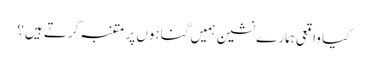
کیا واقعی ہمارے نشین ہمیں گناہوں پر متنبہ کرتے ہیں؟